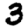
Digit: 3